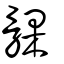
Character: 髁